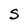
Character: s